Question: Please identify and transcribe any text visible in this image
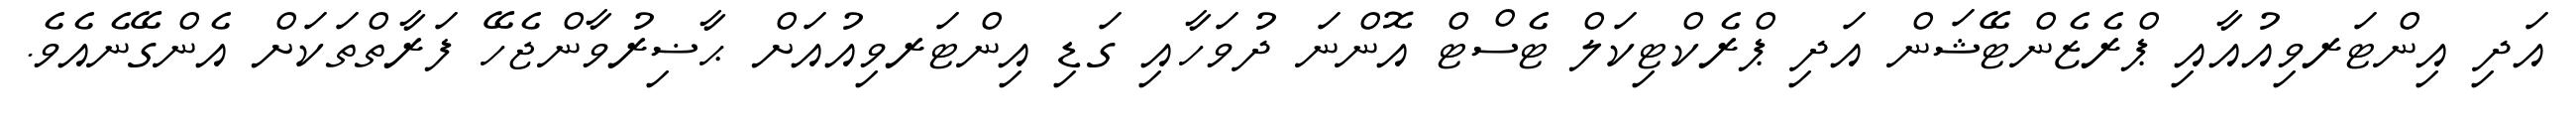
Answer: އަދި އިންޓަރވިއުއާއި ޕްރެޒެންޓޭޝަން އަދި ޕްރެކްޓިކަލް ޓެސްޓް އޮންނަ ދުވަހާއި ގަޑި އިންޓަރވިއުއަށް ޙާޟިރުވާންޖެހޭ ފަރާތްތަކަށް އެންގޭނެއެވެ.